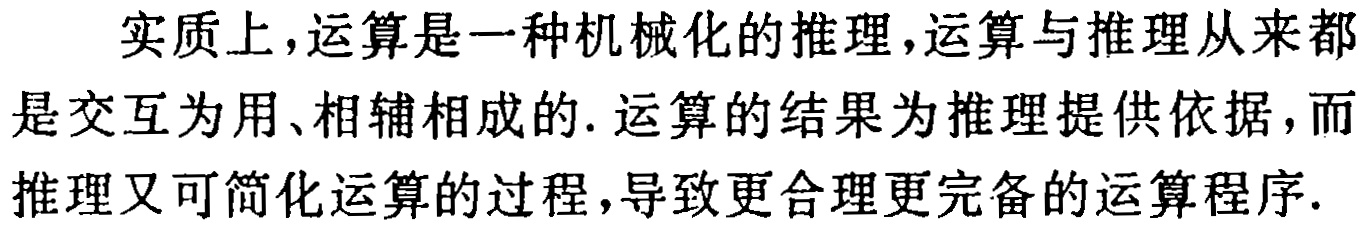
实质上，运算是一种机械化的推理，运算与推理从来都是交互为用、相辅相成的. 运算的结果为推理提供依据，而推理又可简化运算的过程，导致更合理更完备的运算程序.